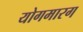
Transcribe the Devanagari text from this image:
योगमारग